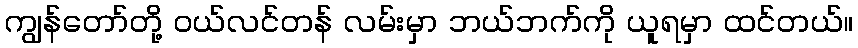
ကျွန်တော်တို့ ဝယ်လင်တန် လမ်းမှာ ဘယ်ဘက်ကို ယူရမှာ ထင်တယ်။